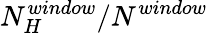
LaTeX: N_{H}^{window}/N^{window}